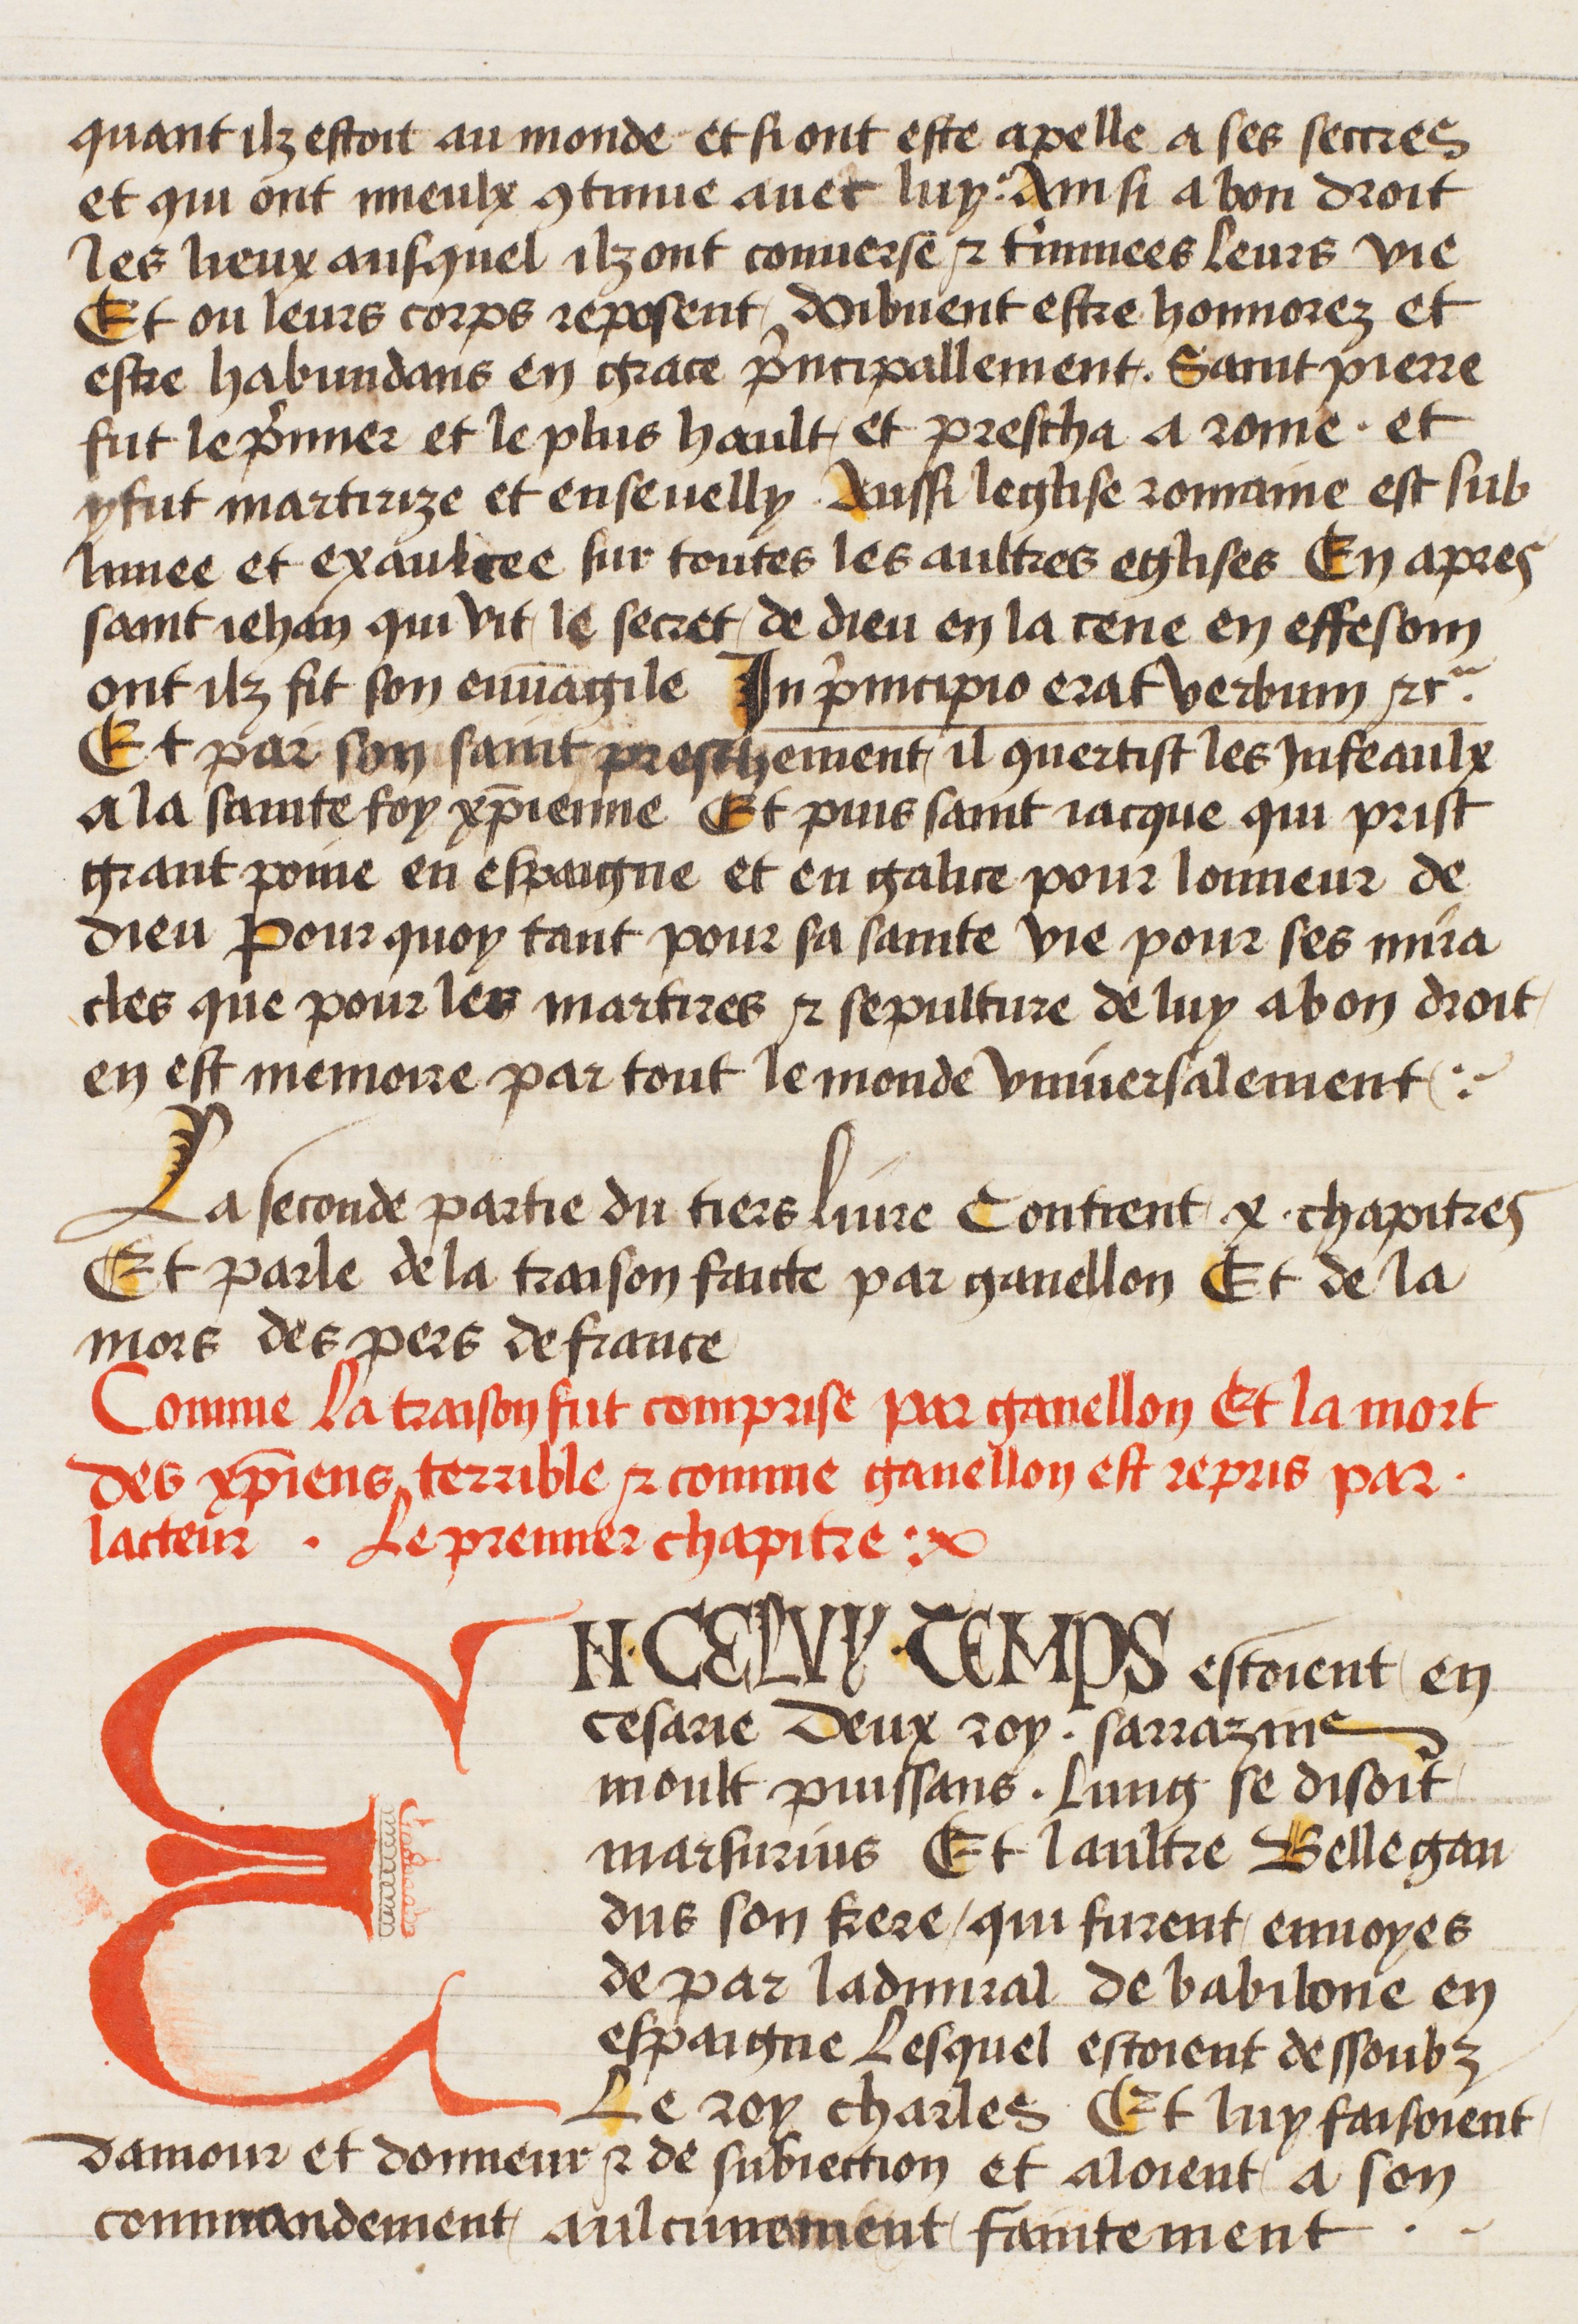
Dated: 1400–1499